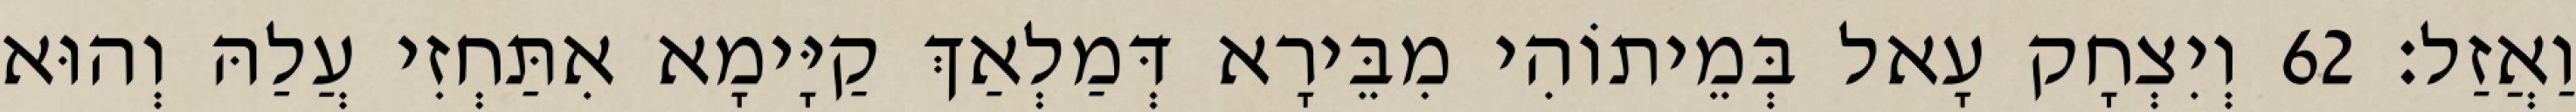
וַאֲזַל׃ 62 וְיִצְחָק עָאל בְּמֵיתוֹהִי מִבֵּירָא דְּמַלְאַךְ קַיָּימָא אִתַּחְזִי עֲלַהּ וְהוּא